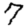
Digit: 7